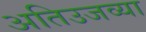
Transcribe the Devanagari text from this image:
अतिउजव्या